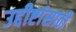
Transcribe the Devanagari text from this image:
उद्दीष्टांसाठी